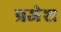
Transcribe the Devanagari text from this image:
प्रजेश